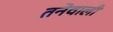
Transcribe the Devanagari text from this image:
तनेवाली